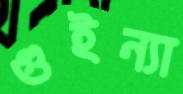
গুইন্যা